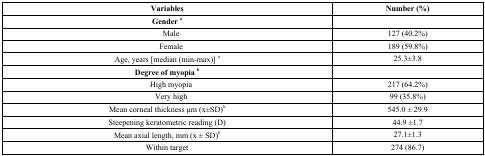
| Variables | Number (%) |
 | --- | --- |
 | Gender a |  |
 | Male | 127 (40.2%) |
 | Female | 189 (59.8%) |
 | Age, years [median (min-max)] a | 25.3±3.8 |
 | Degree of myopia b |  |
 | High myopia | 217 (64.2%) |
 | Very high | 99 (35.8%) |
 | Mean corneal thickness μm (x±SD)b | 545.0 ± 29.9 |
 | Steepening keratometric reading (D) | 44.9 ±1.7 |
 | Mean axial length, mm (x ± SD)b | 27.1±1.3 |
 | Within target | 274 (86.7) |